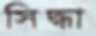
সিদ্ধা